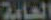
العامة